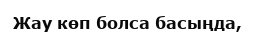
Жау көп болса басыңда,